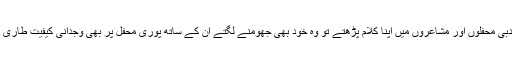
جب وہ ادبی محفلوں اور مشاعروں میں اپنا کلام پڑھتے تو وہ خود بھی جھومنے لگتے ان کے ساتھ پوری محفل پر بھی وجدانی کیفیت طاری ہو جاتی۔